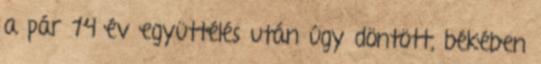
a pár 14 év együttélés után úgy döntött, békében